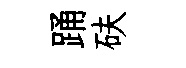
踊砆